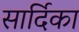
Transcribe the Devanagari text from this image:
सार्दिका